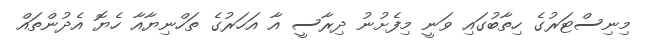
މިނިސްޓަރުގެ ހިތާބުގައި ވަނީ މިފެށުނު ދިރާސީ އާ އަހަރުގެ ތަހްނިޔާއާ ހެޔޮ އެދުންތައް